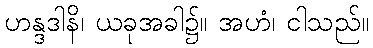
ဟန္ဒဒါနိ၊ ယခုအခါ၌။ အဟံ၊ ငါသည်။